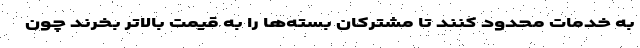
به خدمات محدود کنند تا مشترکان بسته‌ها را به قیمت بالاتر بخرند چون